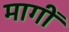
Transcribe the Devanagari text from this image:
मागीँ